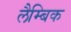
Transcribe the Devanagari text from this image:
लैम्बिक